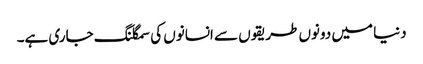
دنیا میں دونوں طریقوں سے انسانوں کی سمگلنگ جاری ہے۔